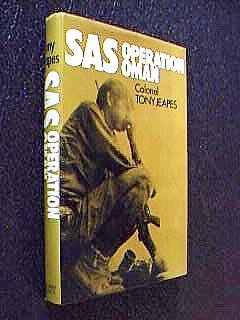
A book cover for SAS Operation Oman; Tony Jeapes; History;